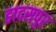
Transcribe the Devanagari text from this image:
हादसपुर